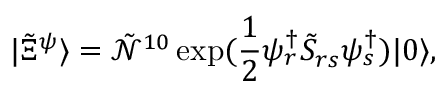
| \tilde { \Xi } ^ { \psi } \rangle = \tilde { \mathcal { N } } ^ { 1 0 } \exp ( \frac { 1 } { 2 } \psi _ { r } ^ { \dag } \tilde { S } _ { r s } \psi _ { s } ^ { \dag } ) | 0 \rangle ,